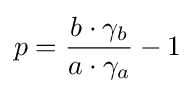
p={\frac {b\cdot \gamma _{b}}{a\cdot \gamma _{a}}}-1